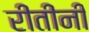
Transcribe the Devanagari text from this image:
रीतीनी